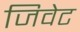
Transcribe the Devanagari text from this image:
जिवेट